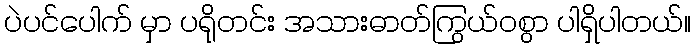
ပဲပင်ပေါက် မှာ ပရိုတင်း အသားဓာတ်ကြွယ်ဝစွာ ပါရှိပါတယ်။